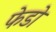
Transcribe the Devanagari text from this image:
फेडो